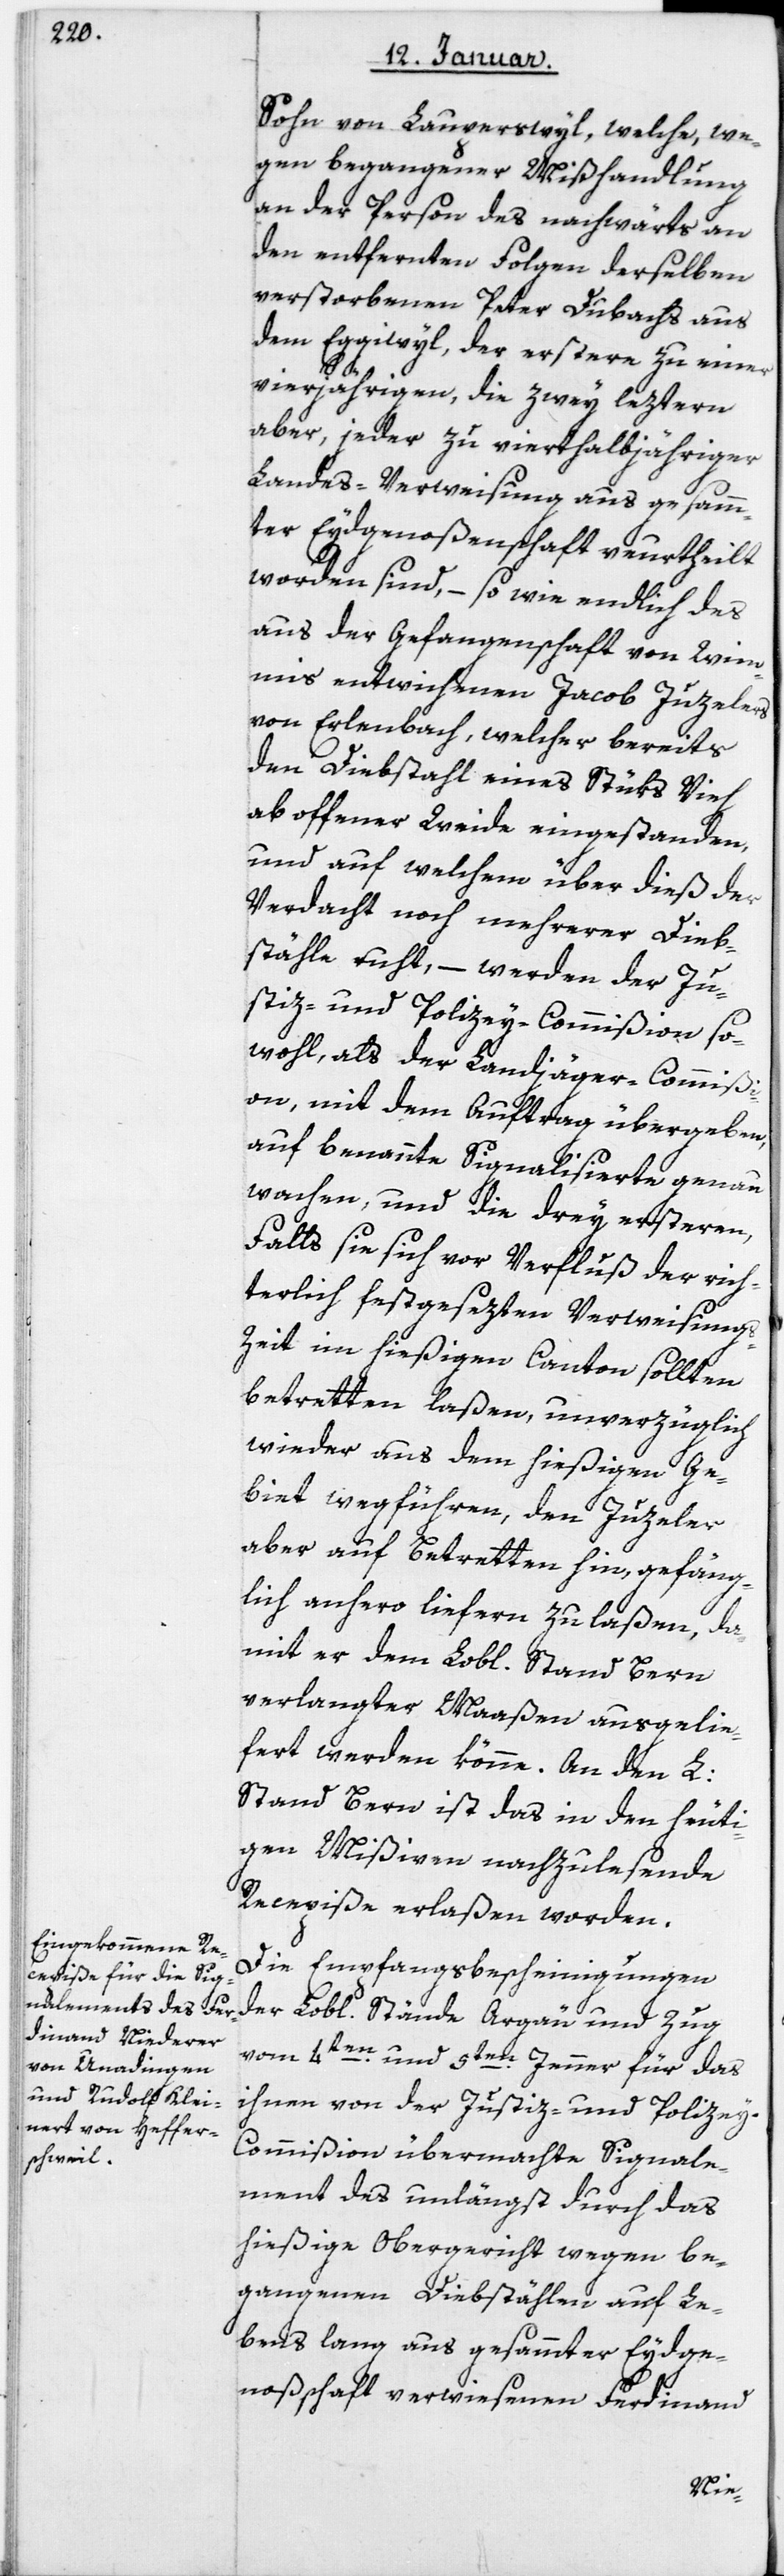
Sohn von Lauperswyl, welche we¬
gen begangener Mißhandlung
an der Person des nachwärts an
den entfernten Folgen derselben
verstorbenen Peter Dubachs aus
dem Eggiwyl, der erstere zu einer
vierjährigen, die zwey lezteren
aber, jeder zu vierthalbjähriger
Landes-Verweisung aus gesam¬
ter Eydgenoßenschaft verurtheilt
worden sind, – so wie endlich des
aus der Gefangenschaft von Wim¬
mis entwichenen Jacob Juzelers
von Erlenbach, welcher bereits
den Diebstahl eines Stüks Vieh
ab offener Weide eingestanden,
und auf welchem über dieß der
Verdacht noch mehrerer Dieb¬
stähle ruht, – werden der Ju¬
stiz- und Polizey-Commißion so¬
wohl als der Landjäger-Commißi¬
on mit dem Auftrag übergeben,
auf benannte Signalisierte genau
wachen, und die drey ersteren,
falls sie sich vor Verfluß der rich¬
terlich festgesezten Verweisung¬
s-Zeit im hießigen Canton sollten
betretten laßen, unverzüglich
wieder aus dem hießigen Ge¬
biet wegführen, den Juzeler
aber auf Betretten hin, gefäng¬
lich anhero liefern zu laßen, da¬
mit er dem Lobl. Stand Bern
verlangter Maaßen ausgelie¬
fert werden könne. An den L.
Stand Bern ist das in den heuti¬
gen Mißiven nachzulesende
Recepiße erlaßen worden.
Die Empfangsbescheinigungen
der Lobl. Stände Argau und Zug
vom 4ten und 5ten Jenner für das
ihnen von der Justiz- und Polizey-C¬
ommißion übermachte Signale¬
ment des unlängst durch das
hießige Obergericht wegen be¬
gangenen Diebstählen auf Le¬
bens lang aus gesamter Eydge¬
noßenschaft verwiesenen Ferdinand